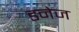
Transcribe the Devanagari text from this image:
डनेज